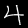
Label: 4